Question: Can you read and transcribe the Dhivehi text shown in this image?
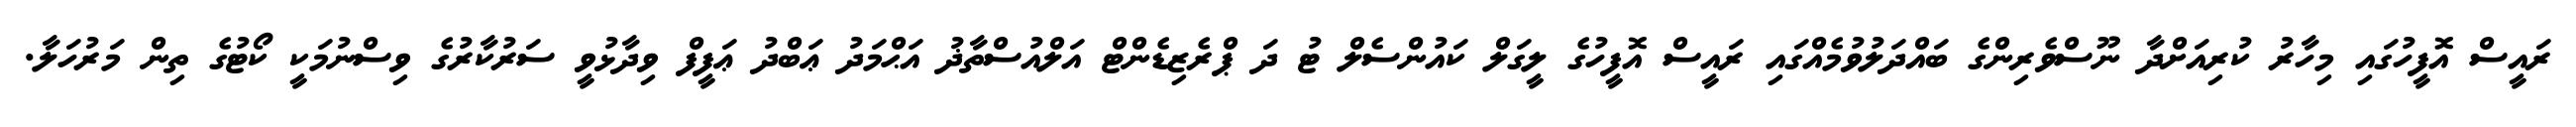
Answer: ރައީސް އޮފީހުގައި މިހާރު ކުރިއަށްދާ ނޫސްވެރިންގެ ބައްދަލުވުމެއްގައި ރައީސް އޮފީހުގެ ލީގަލް ކައުންސެލް ޓު ދަ ޕްރެޒިޑެންޓް އަލްއުސްތާޛު އަޙްމަދު ޢަބްދު ޢަފީފް ވިދާޅުވީ ސަރުކާރުގެ ވިސްނުމަކީ ކޯޓުގެ ތިން މަރުހަލާ.